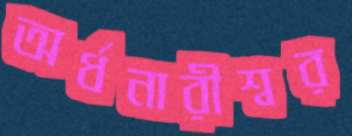
অর্ধনারীশ্বর